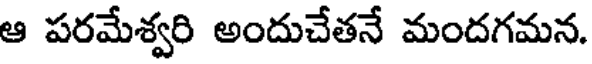
ఆ పరమేశ్వరి అందుచేతనే మందగమన.